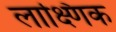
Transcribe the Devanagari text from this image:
लाक्ष्णिक